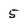
Character: 5